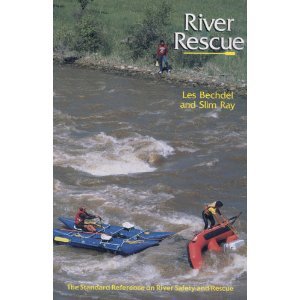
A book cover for River Rescue; Les Bechdel; Sports & Outdoors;